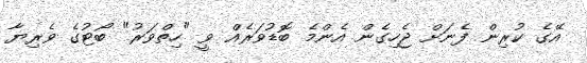
އޭގެ ކުރިން ފެނަށް ޖެހިގެން އެންމެ ބޮޑުވަރެއް ވީ "ހިތްވަރު" ބޯޓުގެ ވެރިޔާ